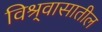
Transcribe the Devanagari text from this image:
विश्र्वासातील